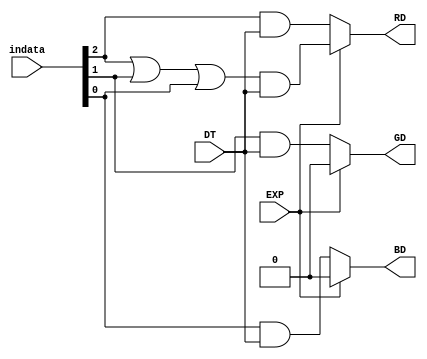
`timescale 1ns/1ns
module display_out (
	input wire [2:0] indata,	// R,G,B
	input wire DT,		// fBXvC^C~O
	input wire EXP,		// 
	output reg RD,
	output reg GD,
	output reg BD
	);
	always @* begin
	    if (~EXP) begin
	        RD <= #1 indata[2] & DT;
	        GD <= #1 indata[1] & DT;
	        BD <= #1 indata[0] & DT;
	    end else begin
	        RD <= #1 (indata[2] | indata[1] | indata[0]) & DT;
	        GD <= #1 1'b0;
	        BD <= #1 1'b0;
	    end
	end
endmodule